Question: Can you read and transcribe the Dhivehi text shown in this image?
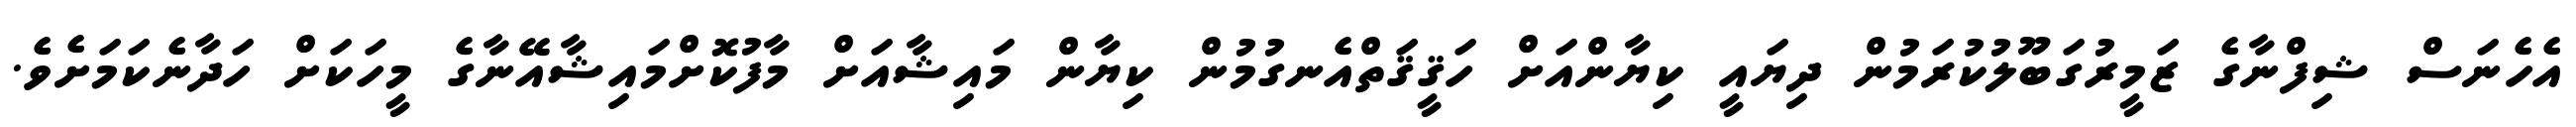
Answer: އެހެނަސް ޝިފްނާގެ ޒަމީރުގަބޫލުކުރަމުން ދިޔައީ ކިޔާންއަށް ހަޤީޤަތްއެނގުމުން ކިޔާން މައިޝާއަށް މާފުކޮށްމައިޝާއޭނާގެ މީހަކަށް ހަދާނެކަމަށެވެ.